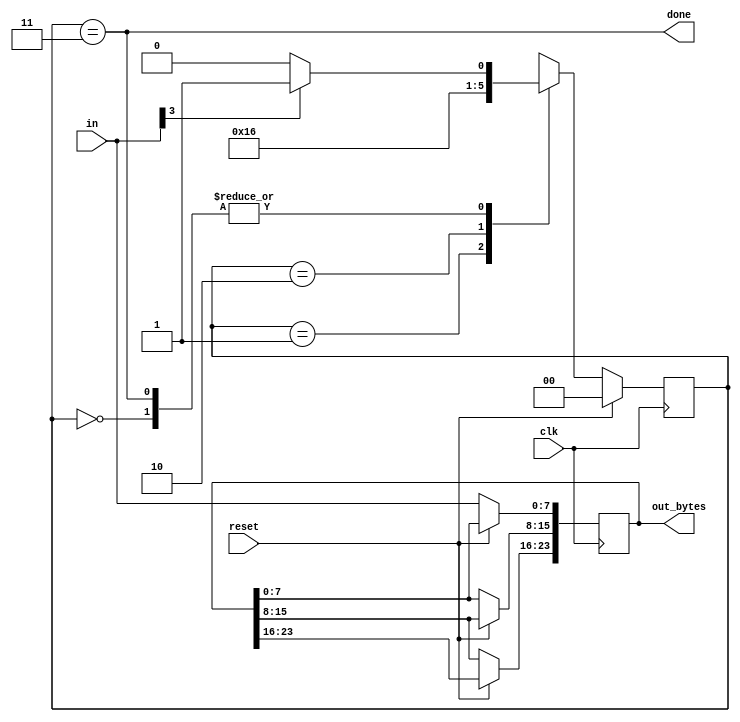
module top_module(
    input clk,
    input [7:0] in,
    input reset,    // Synchronous reset
    output [23:0] out_bytes,
    output done); //

    // FSM from fsm_ps2
    parameter[1:0] byte1 = 2'd0,
    		byte2 = 2'd1,
    		byte3 = 2'd2,
    		don = 2'd3;
    
    reg[1:0] state, next;
    
    always@(*) begin
        case(state)
            byte1 : next = in[3] ? byte2 : byte1 ;
            byte2 : next = byte3;
            byte3 : next = don;
            don : next = in[3] ? byte2 : byte1; 
        endcase
    end
    // State flip-flops (sequential)
    always@(posedge clk) begin
        if (reset) state<=byte1;
        else begin state<=next;
            out_bytes[23:16] <= out_bytes[15:8];
        out_bytes[15:8] <= out_bytes[7:0];
        out_bytes[7:0] <= in[7:0];
        end
    end
    // Output logic
    assign done = (state == don );

    // New: Datapath to store incoming bytes.

endmodule